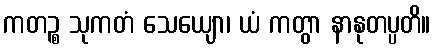
ကတဉ္စ သုကတံ သေယျော၊ ယံ ကတွာ နာနုတပ္ပတိ။